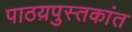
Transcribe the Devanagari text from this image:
पाठय़पुस्तकांत